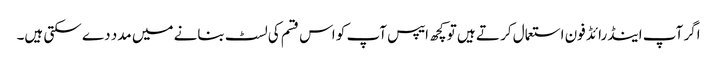
اگر آپ اینڈرائڈ فون استعمال کر تے ہیں تو کچھ ایپس آپ کو اس قسم کی لسٹ بنانے میں مدد دے سکتی ہیں۔